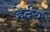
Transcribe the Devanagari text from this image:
हेर्दय